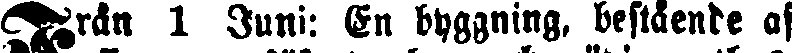
Från 1 Juni: En byggning, bestående af